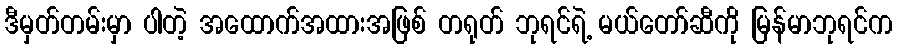
ဒီမှတ်တမ်းမှာ ပါတဲ့ အထောက်အထားအဖြစ် တရုတ် ဘုရင်ရဲ့ မယ်တော်ဆီကို မြန်မာဘုရင်က